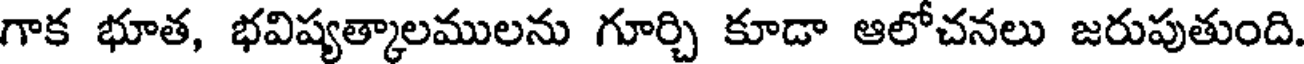
గాక భూత, భవిష్యత్కాలములను గూర్చి కూడా ఆలోచనలు జరుపుతుంది